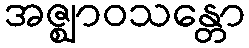
အဇ္ဈာဝသန္တော